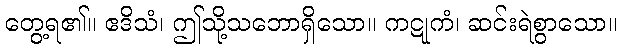
တွေ့ရ၏။ ဧဒိသံ၊ ဤသို့သဘောရှိသော။ ကဋုကံ၊ ဆင်းရဲစွာသော။